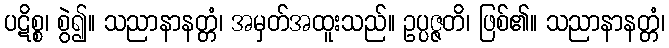
ပဋိစ္စ၊ စွဲ၍။ သညာနာနတ္တံ၊ အမှတ်အထူးသည်။ ဥပ္ပဇ္ဇတိ၊ ဖြစ်၏။ သညာနာနတ္တံ၊